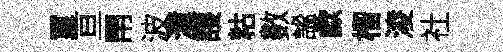
璽亘閈波潼護䊀數謐歔榴淩社